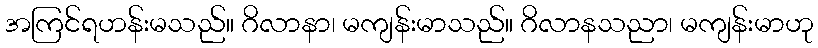
အကြင်ရဟန်းမသည်။ ဂိလာနာ၊ မကျန်းမာသည်။ ဂိလာနသညာ၊ မကျန်းမာဟု